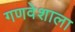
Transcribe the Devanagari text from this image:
गणवेशाला